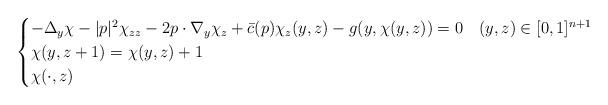
LaTeX: \begin{align*} \begin{cases} -\Delta_y \chi -|p|^2 \chi_{zz} -2 p\cdot \nabla_{y}\chi_z +\bar c(p)\chi_z(y,z) -g(y, \chi(y,z)) =0 & (y,z)\in [0,1]^{n+1}\\ \chi(y,z+1)=\chi(y,z)+1 & \\ \chi(\cdot, z) & \end{cases} \end{align*}